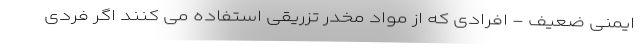
ایمنی ضعیف - افرادی که از مواد مخدر تزریقی استفاده می کنند اگر فردی